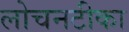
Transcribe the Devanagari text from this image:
लोचनटीका